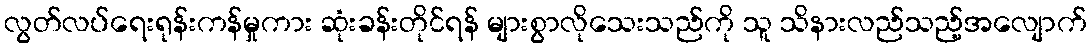
လွတ်လပ်ရေးရုန်းကန်မှုကား ဆုံးခန်းတိုင်ရန် များစွာလိုသေးသည်ကို သူ သိနားလည်သည့်အလျောက်